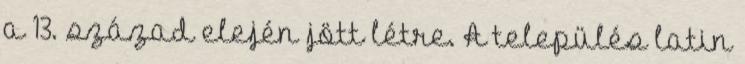
a 13. század elején jött létre. A település latin